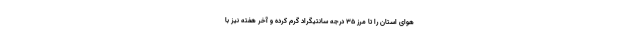
هوای استان را تا مرز ۳۵ درجه سانتیگراد گرم کرده و آخر هفته نیز با